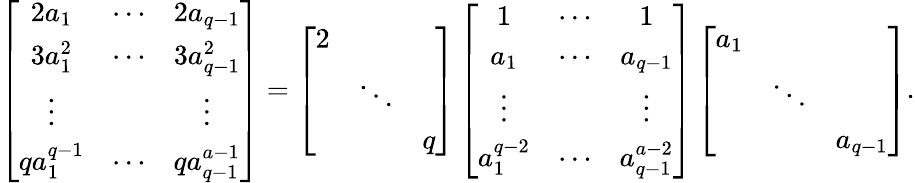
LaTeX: \left[\begin{array}{ccc}{2a_{1}}&{\cdots}&{2a_{q-1}}\\ {3a_{1}^{2}}&{\cdots}&{3a_{q-1}^{2}}\\ {\vdots}&&{\vdots}\\ {qa_{1}^{q-1}}&{\cdots}&{qa_{q-1}^{a-1}}\end{array}\right]=\left[\begin{array}{ccc}{2}\\ &{\ddots}\\ &&{q}\end{array}\right]\left[\begin{array}{ccc}{1}&{\cdots}&{1}\\ {a_{1}}&{\cdots}&{a_{q-1}}\\ {\vdots}&&{\vdots}\\ {a_{1}^{q-2}}&{\cdots}&{a_{q-1}^{a-2}}\end{array}\right]\left[\begin{array}{ccc}{a_{1}}\\ &{\ddots}\\ &&{a_{q-1}}\end{array}\right].